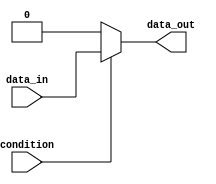
module if_else_block (
    input wire condition,
    input wire data_in,
    output reg data_out
);

    always @* begin
        if (condition) begin
            // perform actions if condition is true
            data_out = data_in;
        end
        else begin
            // perform actions if condition is false
            data_out = 'b0; // for example
        end
    end

endmodule